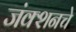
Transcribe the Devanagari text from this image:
जंक्शनचे